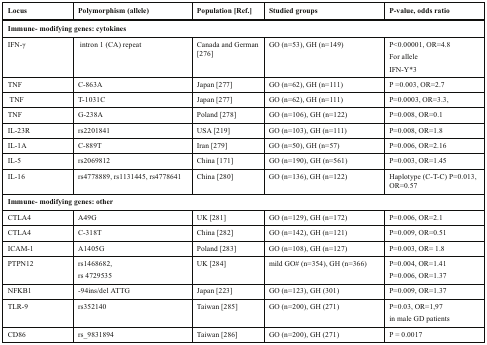
<table><thead><tr><td><b>Locus </b></td><td><b>Polymorphism (allele)</b></td><td><b>Population [Ref.] </b></td><td><b>Studied groups</b></td><td><b>P-value, odds ratio</b></td></tr></thead><tbody><tr><td colspan="5"><b>Immune- modifying genes: cytokines</b></td></tr><tr><td>IFN-γ</td><td>intron 1 (CA) repeat</td><td>Canada and German [276] </td><td>GO (n=53), GH (n=149)</td><td>P&lt;0.00001, OR=4.8For alleleIFN-Y*3</td></tr><tr><td>TNF</td><td>C-863A</td><td>Japan [277] </td><td>GO (n=62), GH (n=111)</td><td>P =0.003, OR=2.7</td></tr><tr><td>TNF </td><td>T-1031C</td><td>Japan [277] </td><td>GO (n=62), GH (n=111) </td><td>P=0.0003, OR=3.3,</td></tr><tr><td>TNF</td><td>G-238A</td><td>Poland [278] </td><td>GO (n=106), GH (n=122)</td><td>P=0.008, OR=0.1</td></tr><tr><td>IL-23R</td><td>rs2201841</td><td>USA [219]</td><td>GO (n=103), GH (n=111)</td><td>P=0.008, OR=1.8</td></tr><tr><td>IL-1A</td><td>C-889T</td><td>Iran [279]</td><td>GO (n=50), GH (n=57) </td><td>P=0.006, OR=2.16</td></tr><tr><td>IL-5</td><td>rs2069812</td><td>China [171]</td><td>GO (n=190), GH (n=561)</td><td>P=0.003, OR=1.45</td></tr><tr><td>IL-16</td><td>rs4778889, rs1131445, rs4778641</td><td>China [280]</td><td>GO (n=136), GH (n=122)</td><td>Haplotype (C-T-C) P=0.013, OR=0.57</td></tr><tr><td colspan="5"><b>Immune- modifying genes: other</b></td></tr><tr><td>CTLA4</td><td>A49G</td><td>UK [281] </td><td>GO (n=129), GH (n=172) </td><td>P=0.006, OR=2.1</td></tr><tr><td>CTLA4</td><td>C-318T</td><td>China [282]</td><td>GO (n=142), GH (n=121)</td><td>P=0.009, OR=0.51</td></tr><tr><td>ICAM-1 </td><td>A1405G</td><td>Poland [283] </td><td>GO (n=108), GH (n=127)</td><td>P=0.003, OR= 1.8</td></tr><tr><td>PTPN12</td><td>rs1468682,rs 4729535</td><td>UK [284]</td><td>mild GO# (n=354), GH (n=366)</td><td>P=0.004, OR=1.41P=0.006, OR=1.37</td></tr><tr><td>NFKB1 </td><td>-94ins/del ATTG</td><td>Japan [223]</td><td>GO (n=123), GH (301)</td><td>P=0.009, OR=1.37</td></tr><tr><td>TLR-9</td><td>rs352140 </td><td>Taiwan [285]</td><td>GO (n=200), GH (271)</td><td>P=0.03, OR=1,97in male GD patients</td></tr><tr><td>CD86</td><td>rs_9831894</td><td>Taiwan [286]</td><td>GO (n=200), GH (271)</td><td>P = 0.0017</td></tr></tbody></table>